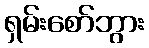
ရှမ်းစော်ဘွား